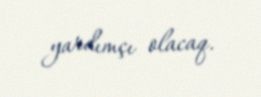
yardımçı olacaq.